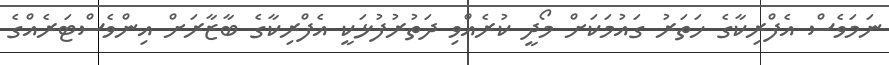
ނަމަވެސް އެފްރިކާގެ ހަތަރު ގައުމަކަށް މޯދީ ކުރެއްވި ދަތުރުފުޅަކީ އެފްރިކާގެ ބާޒާރަށް އިންވެސްޓަރެއްގެ